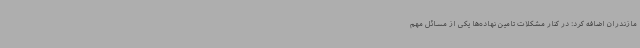
مازندران اضافه کرد: در کنار مشکلات تامین نهاده‌ها یکی از مسائل مهم